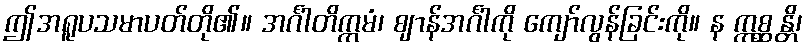
ဤအရူပသမာပတ်တို၏။ အင်္ဂါတိက္ကမံ၊ ဈာန်အင်္ဂါကို ကျော်လွန်ခြင်းကို။ န ဣစ္ဆန္တိ၊